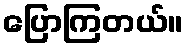
ပြောကြတယ်။